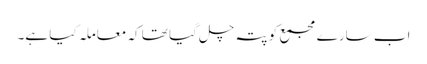
اب سارے مجمع کو پتہ چل گیا تھا کہ معاملہ کیا ہے۔